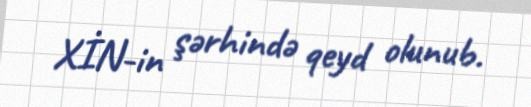
XİN-in şərhində qeyd olunub.